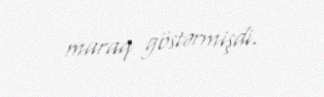
maraq göstərmişdi.